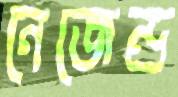
নেজেন্দ্র